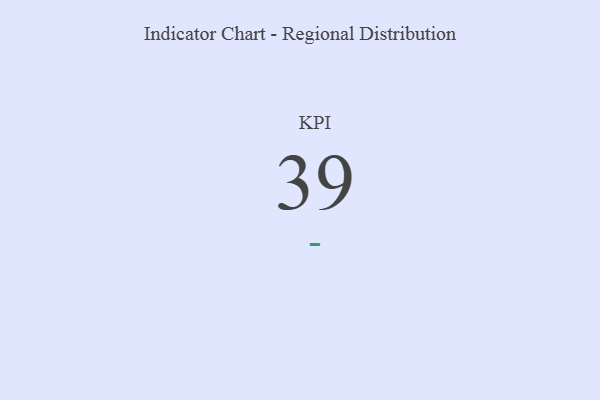
{"axis": {"x": "KPI", "y": "Value"}, "legend": [""], "data": [{"x": "KPI", "y": 39, "type": ""}]}